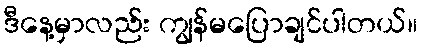
ဒီနေ့မှာလည်း ကျွန်မပြောချင်ပါတယ်။